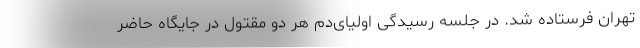
تهران فرستاده شد. در جلسه رسیدگی اولیای‌دم هر دو مقتول در جایگاه حاضر